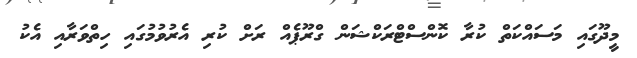
މީދޫގައި މަސައްކަތް ކުރާ ކޮންސްޓްރަކްޝަން ގްރޫޕެއް ރަށް ކުރި އެރުވުމުގައި ހިތްވަރާއި އެކު